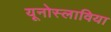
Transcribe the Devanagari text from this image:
यूनोस्लाविया